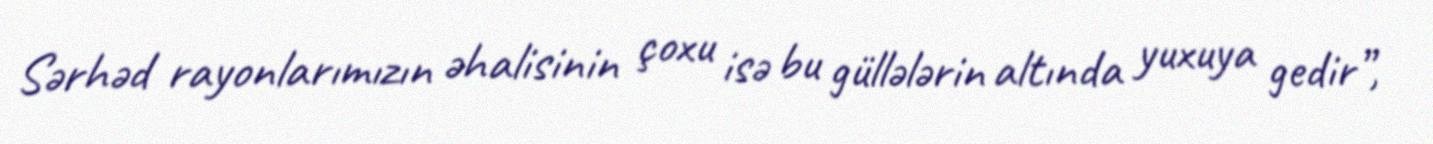
Sərhəd rayonlarımızın əhalisinin çoxu isə bu güllələrin altında yuxuya gedir”,